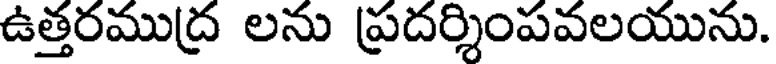
ఉత్తరముద్ర లను ప్రదర్శింపవలయును.